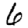
Digit: 6